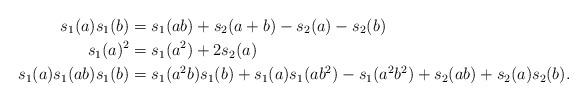
LaTeX: \begin{align*} s_1(a)s_1(b) &= s_1(ab) + s_2(a+b) - s_2(a) - s_2(b)\\ s_1(a)^2 &= s_1(a^2) + 2s_2(a)\\s_1(a)s_1(ab)s_1(b) &= s_1(a^2b) s_1(b) +s_1(a) s_1(ab^2) - s_1(a^2b^2)+ s_2(ab) + s_2(a)s_2(b).\end{align*}